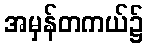
အမှန်တကယ်၌